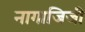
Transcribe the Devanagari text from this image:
नागाजिजी